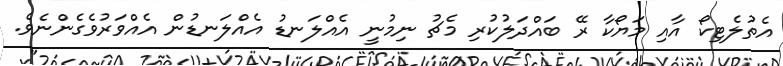
އެތުލެޓިކޯ އާއި މަޔޯކާ ރޭ ބައްދަލުކުރި މެޗު ނިމުނީ އެއްލަނޑު އެއްލަނޑުން އެއްވަރުވެގެންނެވެ.